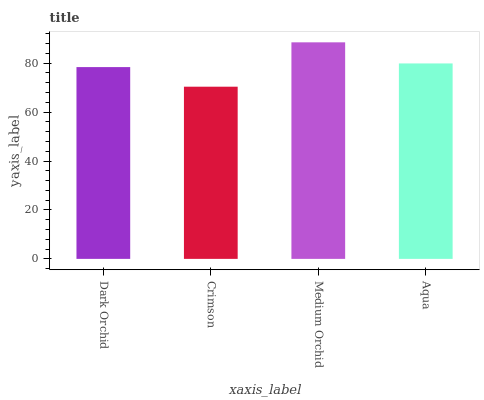
| xaxis_label | bars |
 | --- | --- |
 | Dark Orchid | 78.4 |
 | Crimson | 70.4 |
 | Medium Orchid | 88.5 |
 | Aqua | 79.9 |